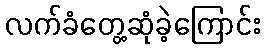
လက်ခံတွေ့ဆုံခဲ့ကြောင်း